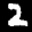
Label: 2